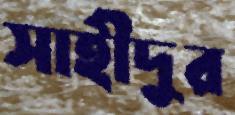
সাহীদুর